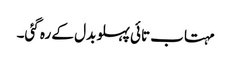
مہتاب تائی پہلو بدل کے رہ گئی۔